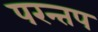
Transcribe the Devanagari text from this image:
परन्तप